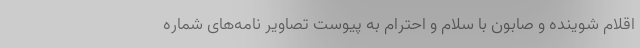
اقلام شوینده و صابون با سلام و احترام به پیوست تصاویر نامه‌های شماره